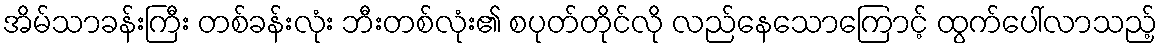
အိမ်သာခန်းကြီး တစ်ခန်းလုံး ဘီးတစ်လုံး၏ စပုတ်တိုင်လို လည်နေသောကြောင့် ထွက်ပေါ်လာသည့်